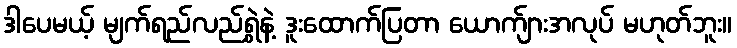
ဒါပေမယ့် မျက်ရည်လည်ရွှဲနဲ့ ဒူးထောက်ပြတာ ယောက်ျားအလုပ် မဟုတ်ဘူး။